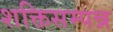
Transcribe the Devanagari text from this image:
शक्तिसम्पन्न